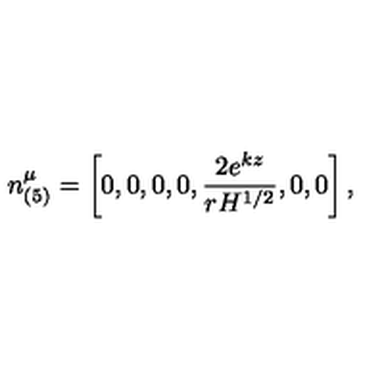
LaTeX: n _ { ( 5 ) } ^ { \mu } = \left[ 0 , 0 , 0 , 0 , \frac { 2 e ^ { k z } } { r H ^ { 1 / 2 } } , 0 , 0 \right] ,